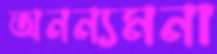
অনন্যমনা